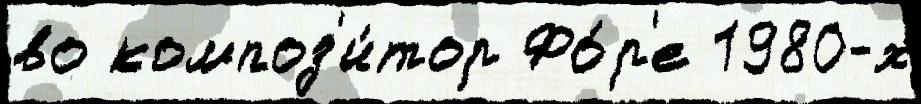
во композ'и́тор Фо́р'е 1980-х